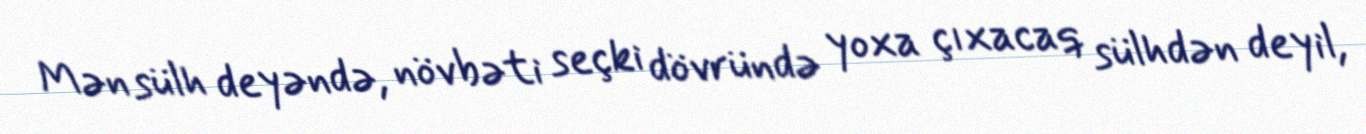
Mən sülh deyəndə, növbəti seçki dövründə yoxa çıxacaq sülhdən deyil,